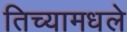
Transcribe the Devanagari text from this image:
तिच्यामधले